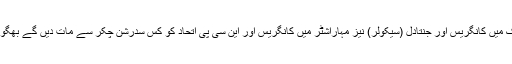
کرناٹک میں کانگریس اور جنتادل (سیکولر) نیز مہاراشٹر میں کانگریس اور این سی پی اتحاد کو کس سدرشن چکر سے مات دیں گے بھگواوادی؟